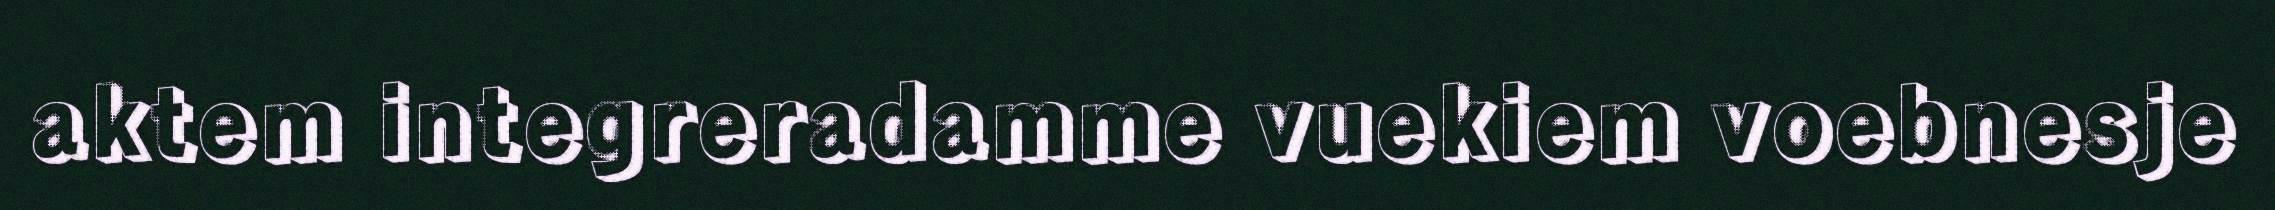
aktem integreradamme vuekiem voebnesje